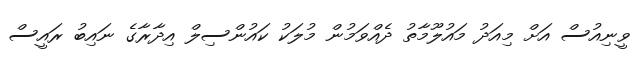
ވީނިއުސް އަށް މިއަދު މައުލޫމާތު ދެއްވަމުން މުލަކު ކައުންސިލް އިދާރާގެ ނައިބު ރައީސް